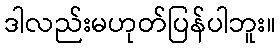
ဒါလည်းမဟုတ်ပြန်ပါဘူး။